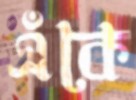
এঁকে